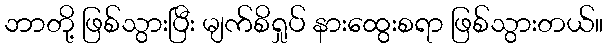
ဘာတို့ ဖြစ်သွားပြီး မျက်စိရှုပ် နားထွေးစရာ ဖြစ်သွားတယ်။